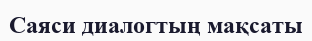
Саяси диалогтың мақсаты